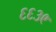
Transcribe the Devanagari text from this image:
६६३९